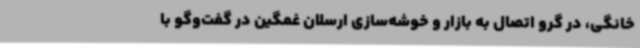
خانگی، در گرو اتصال به بازار و خوشه‌سازی ارسلان غمگین در گفت‌وگو با